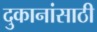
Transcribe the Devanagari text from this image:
दुकानांसाठी